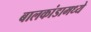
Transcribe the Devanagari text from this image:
बालकांडामध्ये